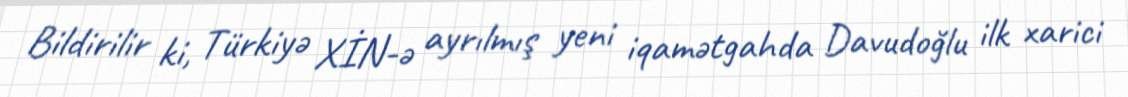
Bildirilir ki, Türkiyə XİN-ə ayrılmış yeni iqamətgahda Davudoğlu ilk xarici